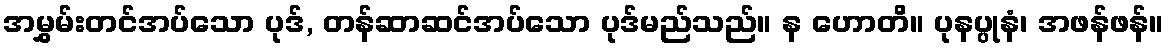
အမွှမ်းတင်အပ်သော ပုဒ်, တန်ဆာဆင်အပ်သော ပုဒ်မည်သည်။ န ဟောတိ။ ပုနပ္ပုနံ၊ အဖန်ဖန်။